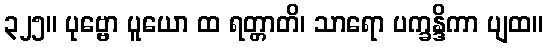
၃၂၅။ ပုဗ္ဗော ပူယော ထ ရတ္တာတိ၊ သာရော ပက္ခန္ဒိကာ ပျထ။